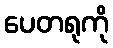
ပေတရုကို